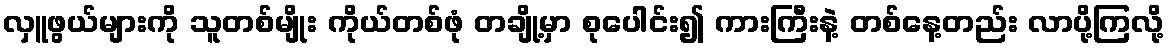
လှူဖွယ်များကို သူတစ်မျိုး ကိုယ်တစ်ဖုံ တချို့မှာ စုပေါင်း၍ ကားကြီးနဲ့ တစ်နေ့တည်း လာပို့ကြလို့